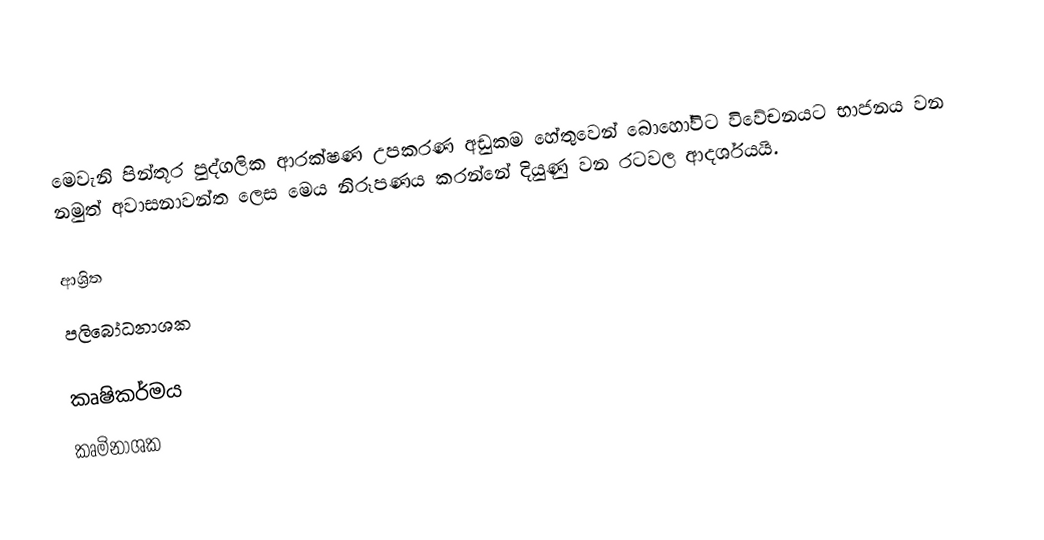
මෙවැනි පින්තූර පුද්ගලික ආරක්ෂණ උපකරණ අඩුකම හේතුවෙන් බොහෝවිට විවේචනයට භාජනය වන නමුත් අවාසනාවන්ත ලෙස මෙය නිරූපණය කරන්නේ දියුණු වන රටවල ආදර්ශයයි.

ආශ්‍රිත
 පලිබෝධනාශක

කෘෂිකර්මය
කෘමිනාශක